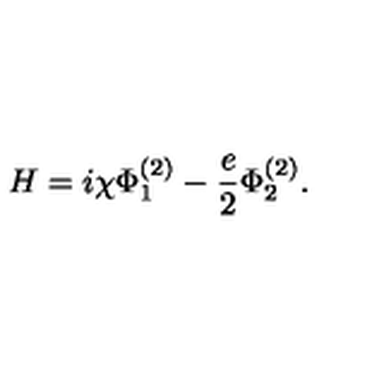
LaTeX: H = i \chi \Phi _ { 1 } ^ { ( 2 ) } - \frac { e } { 2 } \Phi _ { 2 } ^ { ( 2 ) } .